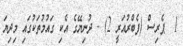
1  ޕެރިސް (ފެބްރުއަރީ 2) - ދުނިޔޭގެ އެކި ގައުމުތަކުގައި މިދިޔަ